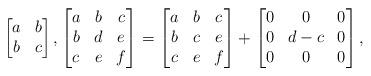
LaTeX: \begin{align*}\begin{bmatrix}a & b\\b & c\end{bmatrix},\begin{bmatrix}a & b & c\\b & d & e\\c & e & f\end{bmatrix}=\begin{bmatrix}a & b & c\\b & c & e\\c & e & f\end{bmatrix}+\begin{bmatrix}0 & 0 & 0\\0 & d -c & 0\\0 & 0 & 0\end{bmatrix},\end{align*}